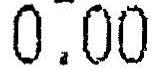
0.00